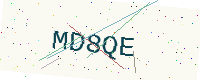
Text: MD8QE